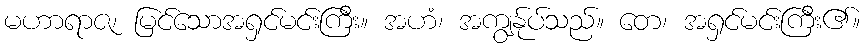
မဟာရာဇ၊ မြင်သောအရှင်မင်းကြီး။ အဟံ၊ အကျွန်ုပ်သည်။ တေ၊ အရှင်မင်းကြီး၏။